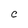
Character: C